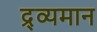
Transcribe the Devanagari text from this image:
द्र्व्यमान